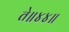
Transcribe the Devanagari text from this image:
ते॥४४॥